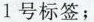
1号标签；